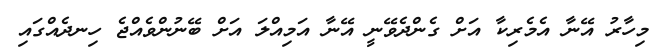
މިހާރު އޭނާ އެމެރިކާ އަށް ގެންދެވޭނީ އޭނާ އަމިއްލަ އަށް ބޭނުންވެއްޖެ ހިނދެއްގައި